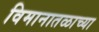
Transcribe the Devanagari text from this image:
विमानातळाच्या